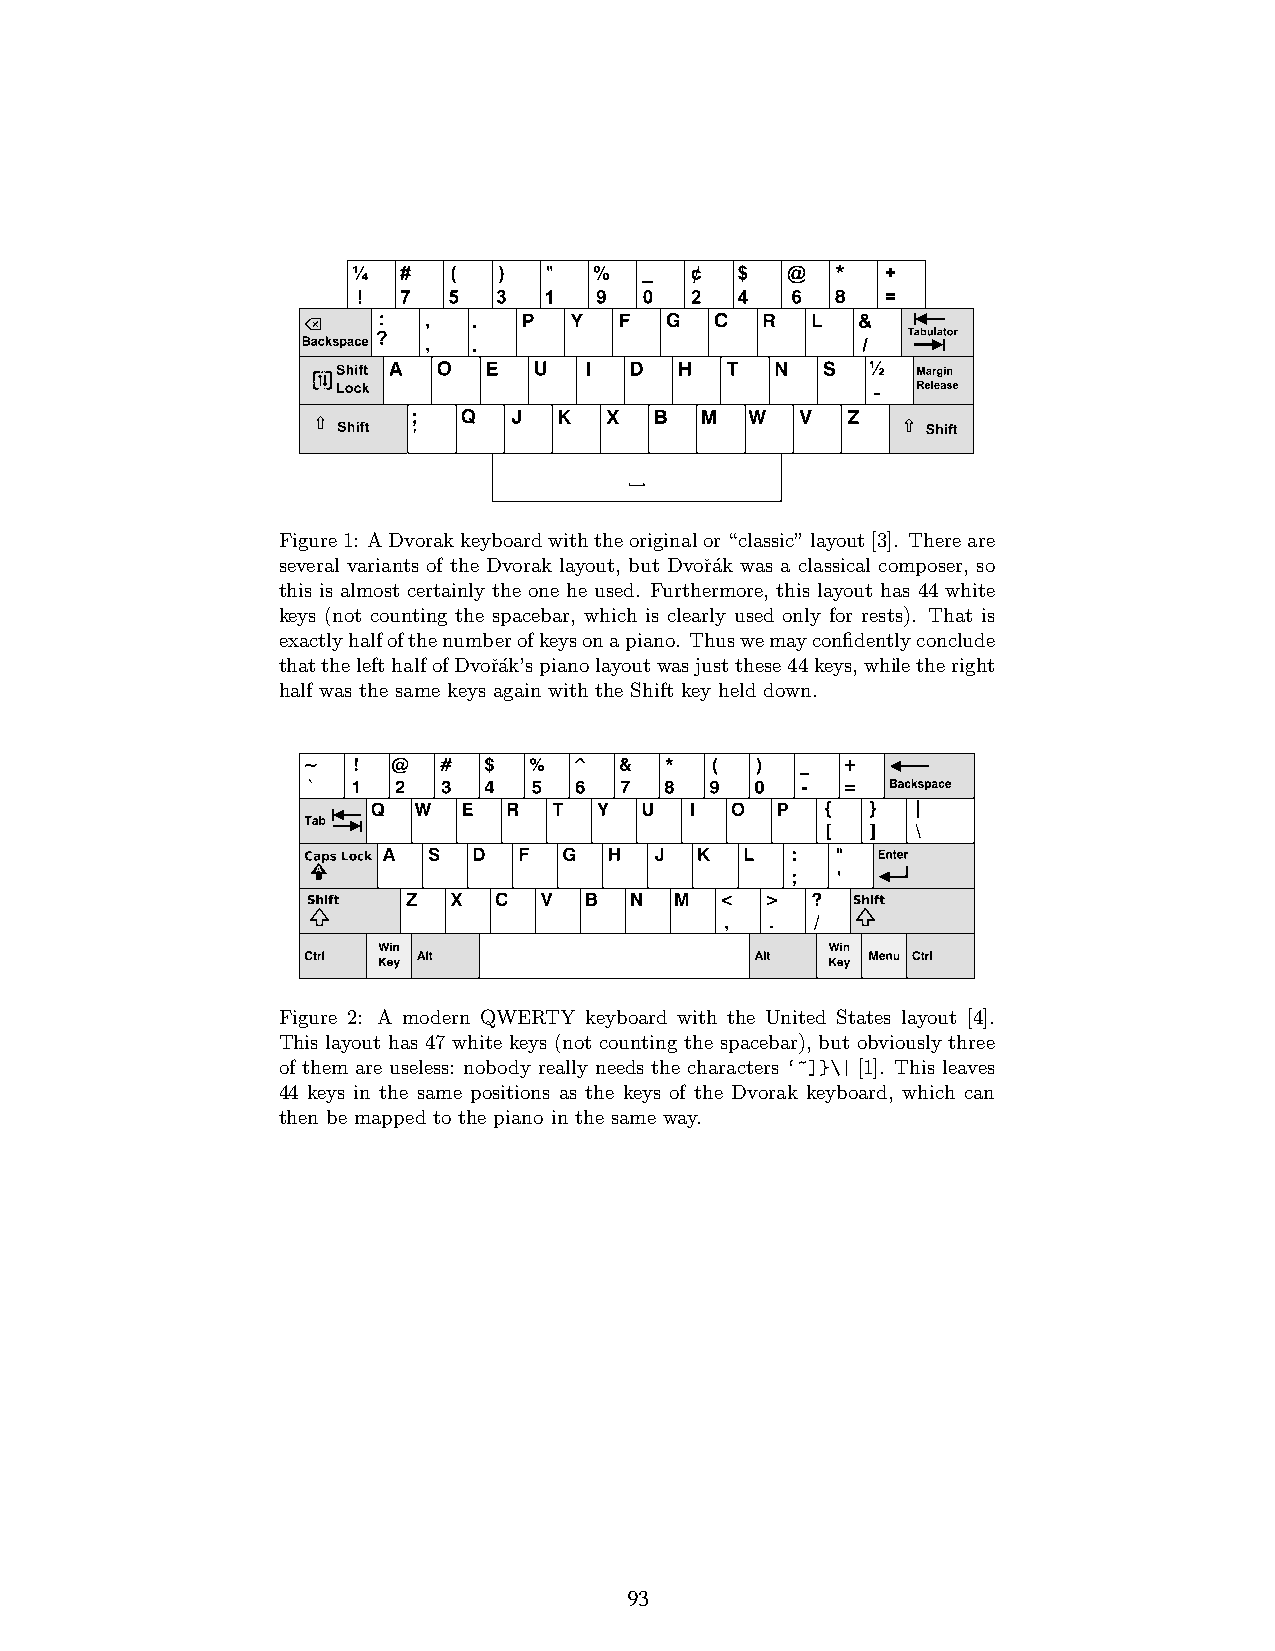
Figure1: ADvorakkeyboardwiththeoriginalor“classic”layout[3]. Thereare
 several variants of the Dvorak layout, but Dvoˇr´ak was a classical composer, so
 this is almost certainly the one he used. Furthermore, this layout has 44 white
 keys (not counting the spacebar, which is clearly used only for rests). That is
 exactlyhalfofthenumberofkeysonapiano. Thuswemayconfidentlyconclude
 thatthelefthalfofDvoˇr´ak’spianolayoutwasjustthese44keys,whiletheright
 half was the same keys again with the Shift key held down.
 Figure 2: A modern QWERTY keyboard with the United States layout [4].
 This layout has 47 white keys (not counting the spacebar), but obviously three
 of them are useless: nobody really needs the characters ‘~]}\| [1]. This leaves
 44 keys in the same positions as the keys of the Dvorak keyboard, which can
 then be mapped to the piano in the same way.
 2
 93